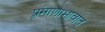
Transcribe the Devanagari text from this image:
प्रमाणाभावात्